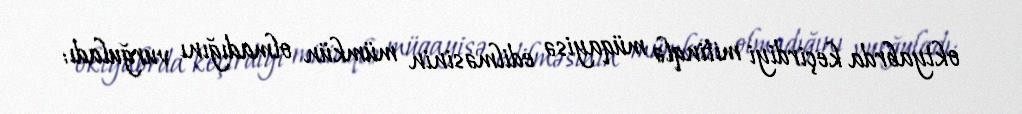
oktyabrda keçirdiyi mitinqlə müqayisə edilməsinin mümkün olmadığını vurğuladı: